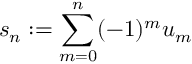
s _ { n } : = \sum _ { m = 0 } ^ { n } ( - 1 ) ^ { m } u _ { m }